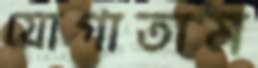
যোগাতাম